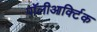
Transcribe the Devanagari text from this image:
पॉलीआर्क्टिक